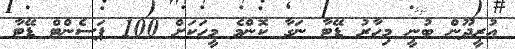
އުރީދޫން ބުނީ މިހާރު ޑޭޓާ ނަގާ ކޮންމެ މީހަކަށް 100 ޕަސެންޓް ޑޭޓާ